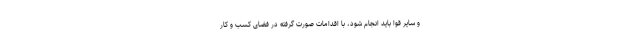
و سایر قوا باید انجام شود، با اقدامات صورت گرفته در فضای کسب و کار